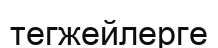
тегжейлерге